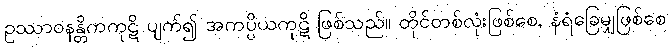
ဥဿာဝနန္တိကကုဋိ ပျက်၍ အကပ္ပိယကုဋိ ဖြစ်သည်။ တိုင်တစ်လုံးဖြစ်စေ, နံရံခြေမျှဖြစ်စေ